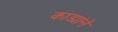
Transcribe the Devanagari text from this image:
काड्यांने